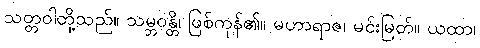
သတ္တဝါတို့သည်။ သမ္ဘဝန္တိ၊ ဖြစ်ကုန်၏။ မဟာရာဇ၊ မင်းမြတ်။ ယထာ၊